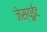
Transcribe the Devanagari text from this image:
जेस्यूईट